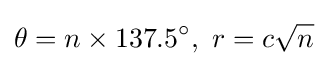
\theta =n\times 137.5^{\circ },\ r=c{\sqrt {n}}